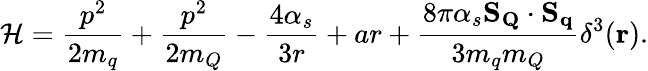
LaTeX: {\cal H}={\frac{p^{2}}{2m_{q}}}+{\frac{p^{2}}{2m_{Q}}}-{\frac{4\alpha_{s}}{3r}}+ar+{\frac{8\pi\alpha_{s}\mathbf{S_{Q}}\cdot\mathbf{S_{q}}}{3m_{q}m_{Q}}}\delta^{3}(\mathbf{r}).